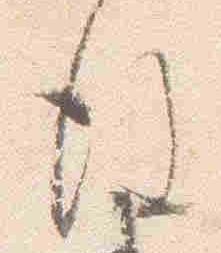
後